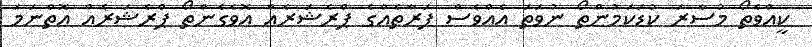
ކީއްވެތޯ މުސާރަ ކުޑަކަމުންތޯ ނުވަތަ އެއްވެސް ފަރާތެއްގެ ޕްރެޝަރެއް އޮވެގެންތޯ ޕްރެޝަރެއް އޮތްނަމަ